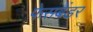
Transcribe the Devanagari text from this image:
फेस़बेंडर